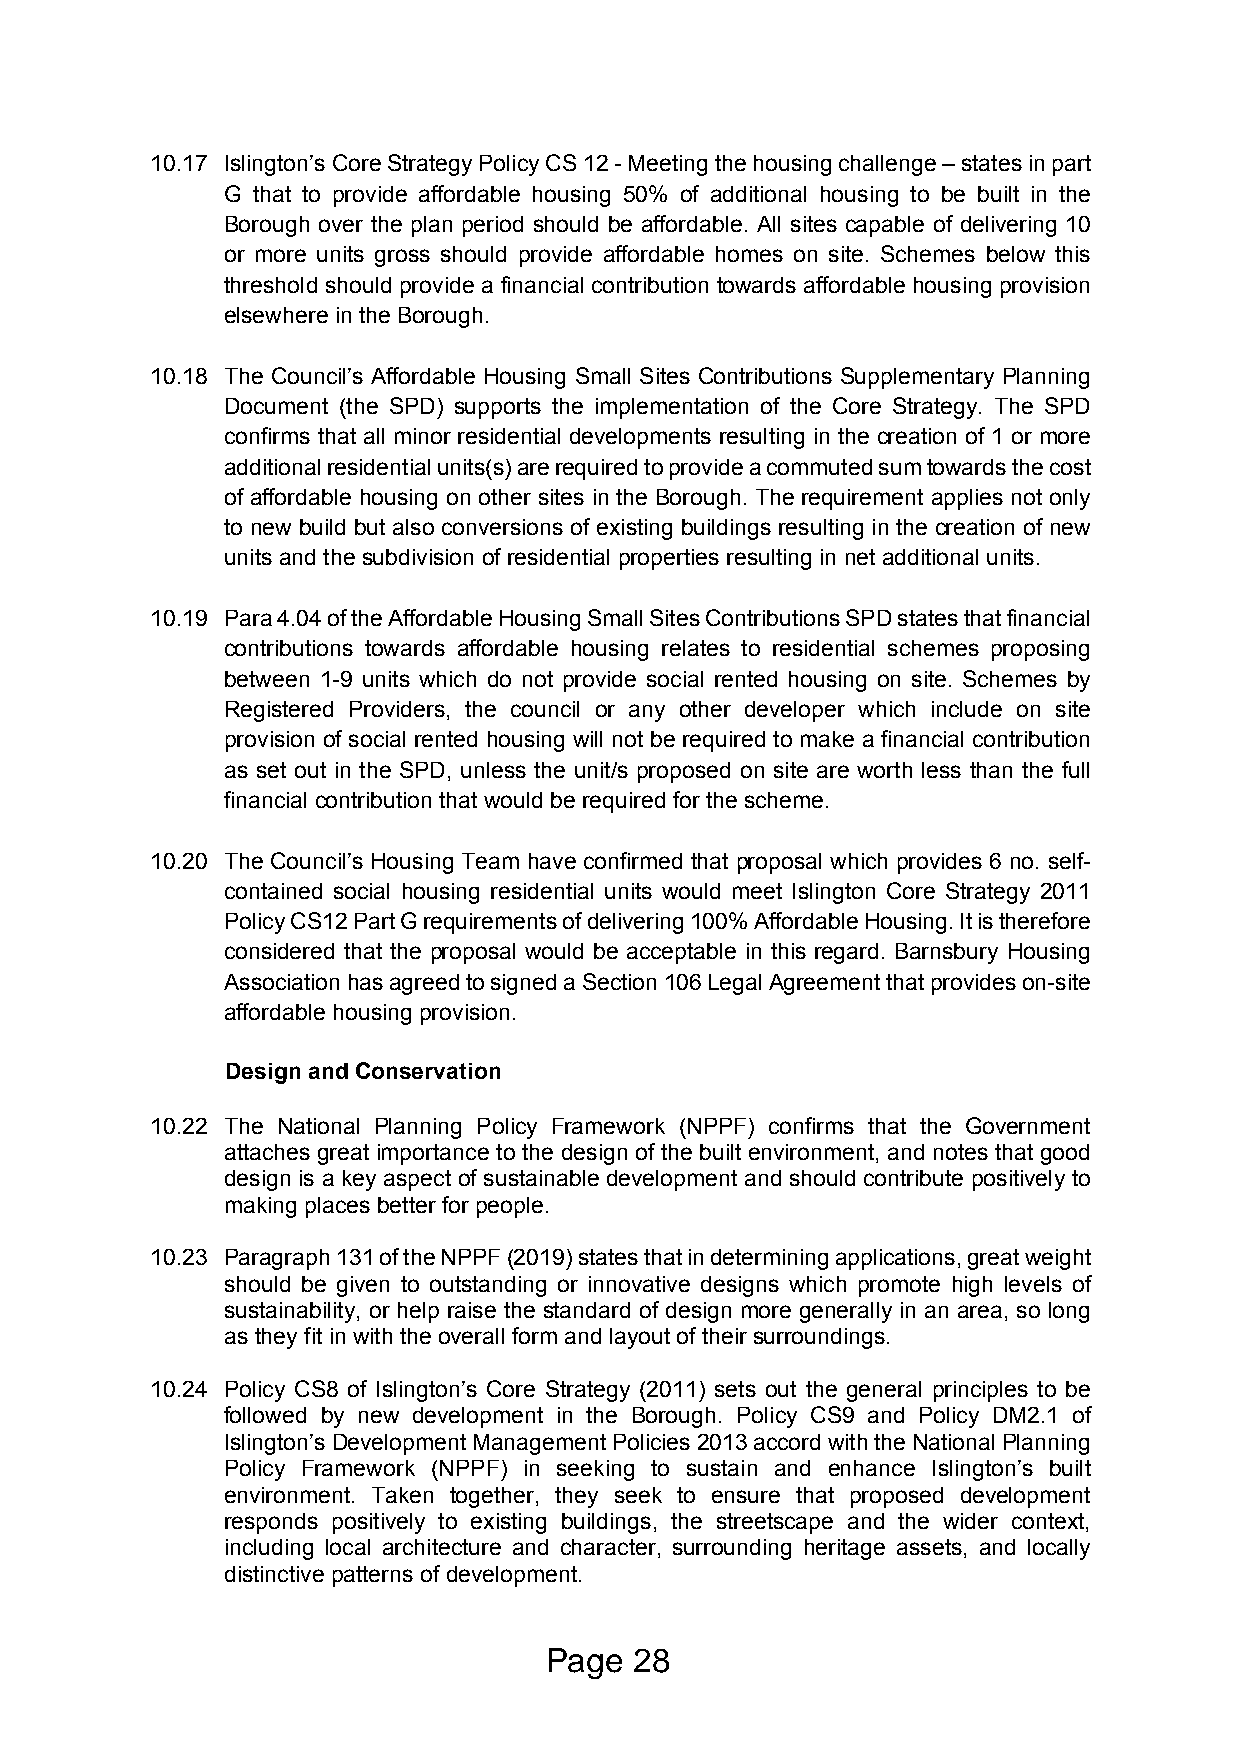
10.17 Islington’s Core Strategy Policy CS 12 - Meeting the housing challenge – states in part
 G that to provide affordable housing 50% of additional housing to be built in the
 Borough over the plan period should be affordable. All sites capable of delivering 10
 or more units gross should provide affordable homes on site. Schemes below this
 threshold should provide a financial contribution towards affordable housing provision
 elsewhere in the Borough.
 10.18 The Council’s Affordable Housing Small Sites Contributions Supplementary Planning
 Document (the SPD) supports the implementation of the Core Strategy. The SPD
 confirms that all minor residential developments resulting in the creation of 1 or more
 additional residential units(s) are required to provide a commuted sum towards the cost
 of affordable housing on other sites in the Borough. The requirement applies not only
 to new build but also conversions of existing buildings resulting in the creation of new
 units and the subdivision of residential properties resulting in net additional units.
 10.19 Para 4.04 of the Affordable Housing Small Sites Contributions SPD states that financial
 contributions towards affordable housing relates to residential schemes proposing
 between 1-9 units which do not provide social rented housing on site. Schemes by
 Registered Providers, the council or any other developer which include on site
 provision of social rented housing will not be required to make a financial contribution
 as set out in the SPD, unless the unit/s proposed on site are worth less than the full
 financial contribution that would be required for the scheme.
 10.20 The Council’s Housing Team have confirmed that proposal which provides 6 no. self-
 contained social housing residential units would meet Islington Core Strategy 2011
 Policy CS12 Part G requirements of delivering 100% Affordable Housing. It is therefore
 considered that the proposal would be acceptable in this regard. Barnsbury Housing
 Association has agreed to signed a Section 106 Legal Agreement that provides on-site
 affordable housing provision.
 Design and Conservation
 10.22 The National Planning Policy Framework (NPPF) confirms that the Government
 attaches great importance to the design of the built environment, and notes that good
 design is a key aspect of sustainable development and should contribute positively to
 making places better for people.
 10.23 Paragraph 131 of the NPPF (2019) states that in determining applications, great weight
 should be given to outstanding or innovative designs which promote high levels of
 sustainability, or help raise the standard of design more generally in an area, so long
 as they fit in with the overall form and layout of their surroundings.
 10.24 Policy CS8 of Islington’s Core Strategy (2011) sets out the general principles to be
 followed by new development in the Borough. Policy CS9 and Policy DM2.1 of
 Islington’s Development Management Policies 2013 accord with the National Planning
 Policy Framework (NPPF) in seeking to sustain and enhance Islington’s built
 environment. Taken together, they seek to ensure that proposed development
 responds positively to existing buildings, the streetscape and the wider context,
 including local architecture and character, surrounding heritage assets, and locally
 distinctive patterns of development.
 Page  28